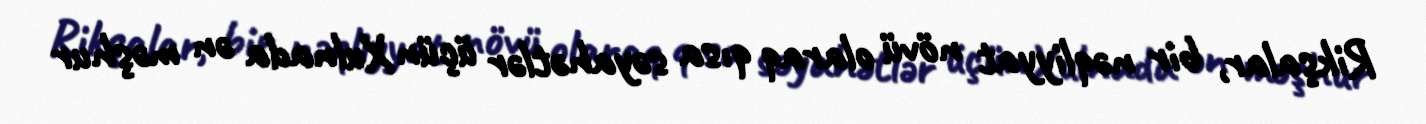
Rikşalar, bir nəqliyyat növü olaraq qısa səyahətlər üçün Xulnada ən məşhur